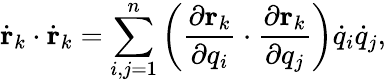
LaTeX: {\dot{\mathbf{r}}}_{k}\cdot{\dot{\mathbf{r}}}_{k}=\sum_{i,j=1}^{n}\left({\frac{\partial\mathbf{r}_{k}}{\partial q_{i}}}\cdot{\frac{\partial\mathbf{r}_{k}}{\partial q_{j}}}\right){\dot{q}}_{i}{\dot{q}}_{j},